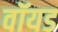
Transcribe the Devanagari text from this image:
वॉयड